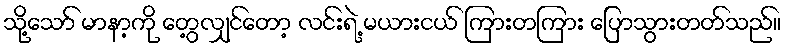
သို့သော် မာနာ့ကို တွေ့လျှင်တော့ လင်းရဲ့ မယားငယ် ကြားတကြား ပြောသွားတတ်သည်။